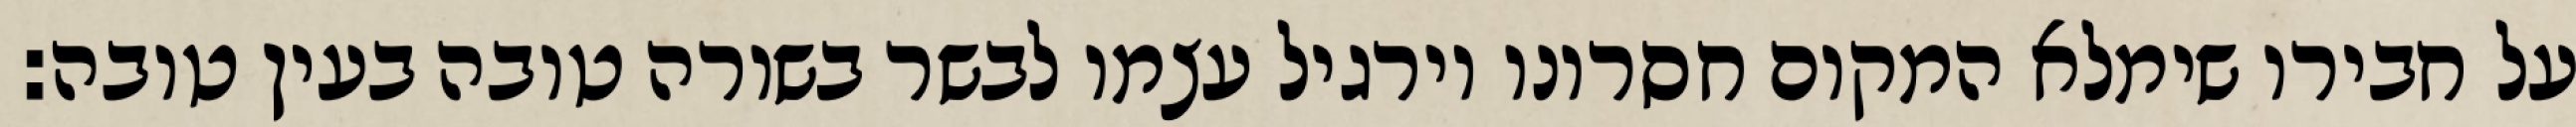
על חבירו שימלא המקום חסרונו וירגיל עצמו לבשר בשורה טובה בעין טובה: